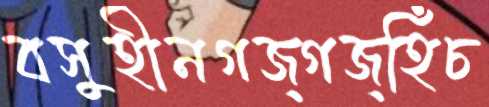
বসুহীনগজ্‌গজ্‌হিঁচ